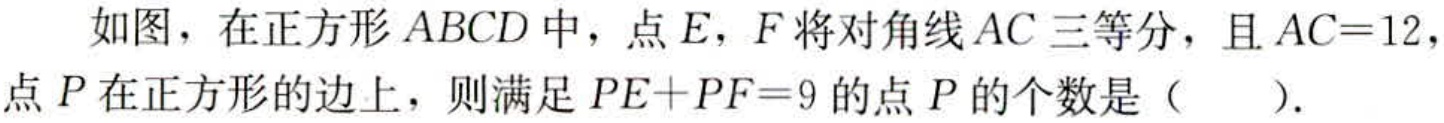
如图，在正方形\(ABCD\)中，点\(E\)，\(F\)将对角线\(AC\)三等分，且\(AC = 12\)，点\(P\)在正方形的边上，则满足\(PE + PF = 9\)的点\(P\)的个数是（  ）.